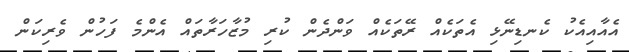
އެއާއިއެކު ކެނޑިނޭޅި އެތަކެއް ރޭތަކެއް ވަންދެން ކުރި މުޒާހަރާތައް އެންމެ ފަހުން ވެރިކަން